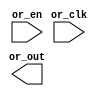
// This program was cloned from: https://github.com/chipsalliance/aib-phy-hardware
// License: Apache License 2.0

// SPDX-License-Identifier: Apache-2.0
// Copyright (C) 2019 Intel Corporation. 
//-----------------------------------------------------------------------------
//  Clock OR macro
//-----------------------------------------------------------------------------

module altr_hps_ckor_gate (
    input  wire              or_clk,     // or input 1
    input  wire              or_en,     // or input 2
    output  wire             or_out      // or output
);

// -------------------
// Port declarations
// -------------------

// -----
// RTL
// -----

`ifdef ALTR_HPS_INTEL_MACROS_OFF
assign or_out = or_clk | or_en;

`else



`endif

endmodule